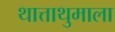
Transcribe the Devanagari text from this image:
थात्ताथुमाला